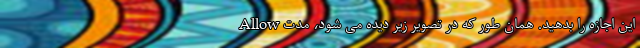
Allow این اجازه را بدهید. همان طور که در تصویر زیر دیده می شود، مدت